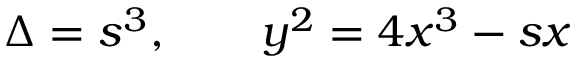
\Delta = s ^ { 3 } , \qquad y ^ { 2 } = 4 x ^ { 3 } - s x